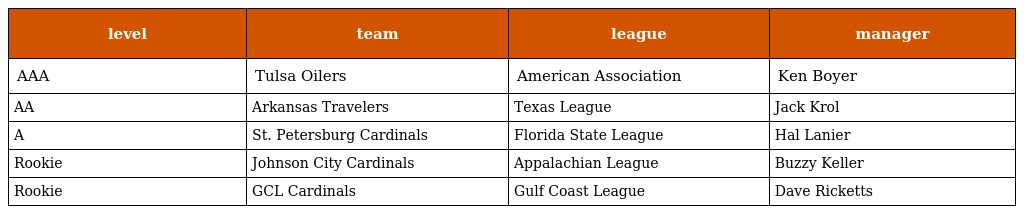
| level | team | league | manager |
 | --- | --- | --- | --- |
 | AAA | Tulsa Oilers | American Association | Ken Boyer |
 | AA | Arkansas Travelers | Texas League | Jack Krol |
 | A | St. Petersburg Cardinals | Florida State League | Hal Lanier |
 | Rookie | Johnson City Cardinals | Appalachian League | Buzzy Keller |
 | Rookie | GCL Cardinals | Gulf Coast League | Dave Ricketts |